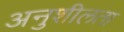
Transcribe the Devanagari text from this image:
अनुशीलता